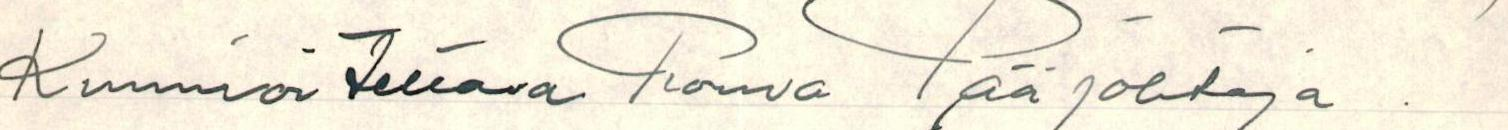
Kunnioitettava Rouva Pääjohtaja !